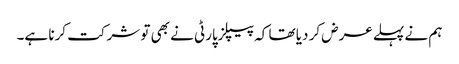
ہم نے پہلے عرض کر دیا تھا کہ پیپلزپارٹی نے بھی تو شرکت کرنا ہے۔